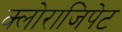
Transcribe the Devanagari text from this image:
क्लोराजिपेट